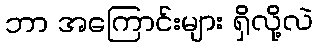
ဘာ အကြောင်းများ ရှိလို့လဲ